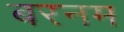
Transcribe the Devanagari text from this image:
बरनम